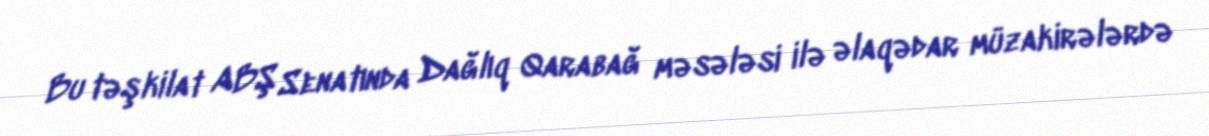
Bu təşkilat ABŞ Senatında Dağlıq Qarabağ məsələsi ilə əlaqədar müzakirələrdə